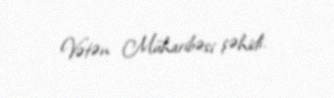
Vətən Müharibəsi şəhidi.